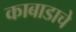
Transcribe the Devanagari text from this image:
काबाडाचे